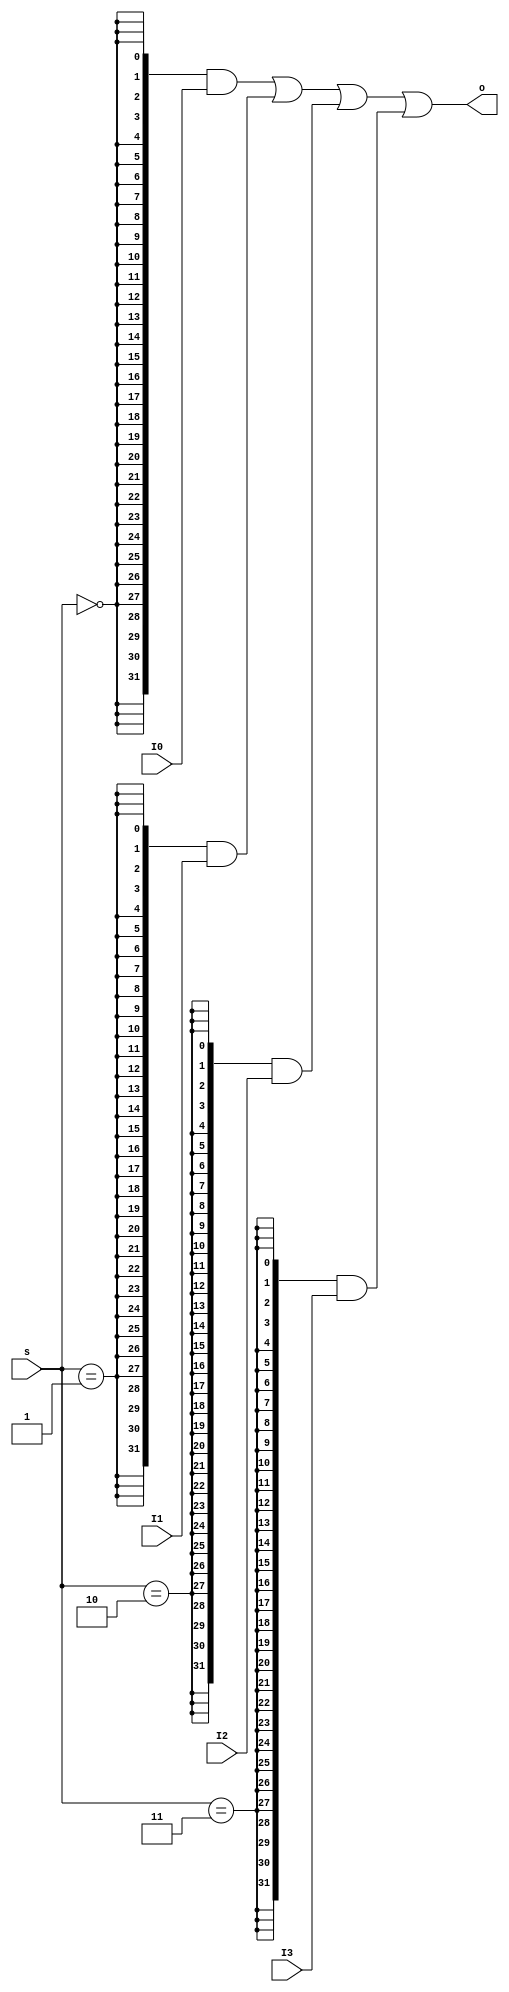
`timescale 1ns / 1ps
//////////////////////////////////////////////////////////////////////////////////
// Company: 
// Engineer: 
// 
// Design Name: 
// Module Name: MUX4T1_32
// Project Name: 
// Target Devices: 
// Tool Versions: 
// Description: 
// 
// Dependencies: 
// 
// Revision:
// Revision 0.01 - File Created
// Additional Comments:
// 
//////////////////////////////////////////////////////////////////////////////////


module MUX4T1_32(
    input [1:0]s,
    input [31:0]I0, I1, I2, I3,
    output [31:0]o
    );

    wire s0 = s == 2'b00;
    wire s1 = s == 2'b01;
    wire s2 = s == 2'b10;
    wire s3 = s == 2'b11;
    
    assign o =  {32{s0}} & I0 |
                {32{s1}} & I1 |
                {32{s2}} & I2 |
                {32{s3}} & I3 ;
endmodule